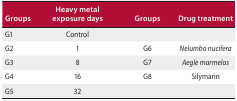
| Groups | Heavy metal exposure days | Groups | Drug treatment |
 | --- | --- | --- | --- |
 | G1 | Control |  |  |
 | G2 | 1 | G6 | Nelumbo nucifera |
 | G3 | 8 | G7 | Aegle marmelos |
 | G4 | 16 | G8 | Silymarin |
 | G5 | 32 |  |  |